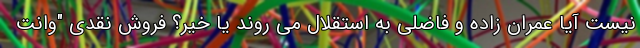
نیست آیا عمران زاده و فاضلی به استقلال می روند یا خیر؟ فروش نقدی "وانت